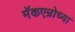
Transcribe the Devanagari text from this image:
मॅकएन्रोच्या